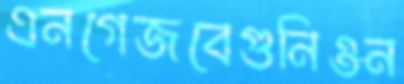
এনগেজবেগুনিওন